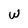
Character: W